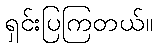
ရှင်းပြကြတယ်။